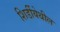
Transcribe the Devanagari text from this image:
शिर्डीयेथील